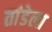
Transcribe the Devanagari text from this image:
तांडेला